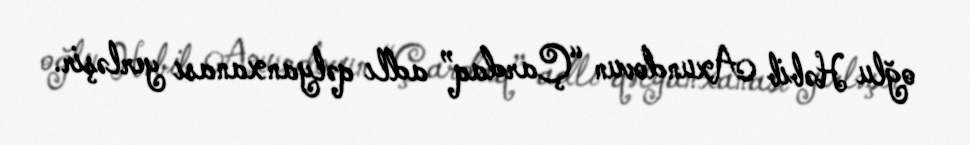
oğlu Həbib Axundovun “Çardaq” adlı qəlyanxanası yerləşir.